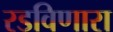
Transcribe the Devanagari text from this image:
रडविणारा